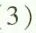
3 )